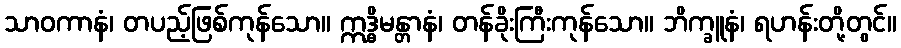
သာဝကာနံ၊ တပည့်ဖြစ်ကုန်သော။ ဣဒ္ဓိမန္တာနံ၊ တန်ခိုးကြီးကုန်သော။ ဘိက္ခူနံ၊ ရဟန်းတို့တွင်။